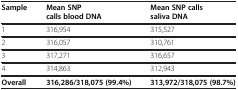
<table><thead><tr><td><b>Sample</b></td><td><b>Mean SNP calls blood DNA</b></td><td><b>Mean SNP calls saliva DNA</b></td></tr></thead><tbody><tr><td>1</td><td>316,954</td><td>315,527</td></tr><tr><td>2</td><td>316,057</td><td>310,761</td></tr><tr><td>3</td><td>317,271</td><td>316,657</td></tr><tr><td>4</td><td>314,863</td><td>312,943</td></tr><tr><td><b>Overall</b></td><td><b>316,286/318,075 (99.4%)</b></td><td><b>313,972/318,075 (98.7%)</b></td></tr></tbody></table>